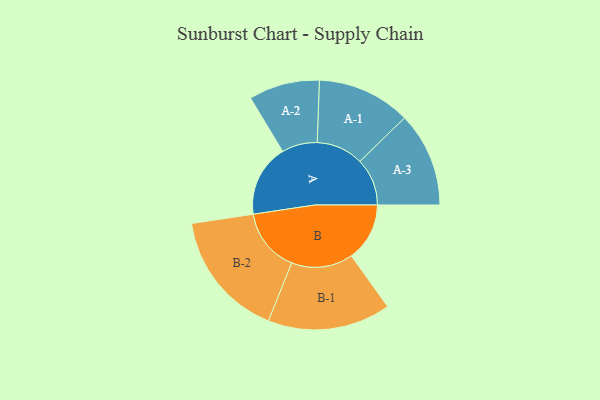
{"axis": {"x": "Segment", "y": "Value"}, "legend": ["", "A", "B"], "data": [{"x": "A", "y": 285, "type": ""}, {"x": "B", "y": 230, "type": ""}, {"x": "A-1", "y": 185, "type": "A"}, {"x": "A-2", "y": 140, "type": "A"}, {"x": "A-3", "y": 187, "type": "A"}, {"x": "B-1", "y": 243, "type": "B"}, {"x": "B-2", "y": 252, "type": "B"}]}